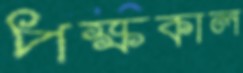
পক্ষকাল